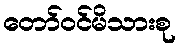
တော်ဝင်မိသားစု